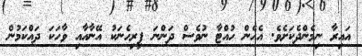
އައިރާ ނިމެންދެކަށެވެ. އެހެން ހުއްޓާ ނުވެސް ދަންނަ ފިރިހެނަކު އޭނާއާއި ވާހަކަ ދައްކަމުން